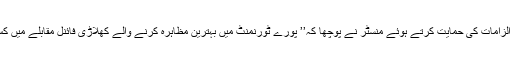
این ڈی ٹی وی پر شائع خبر کے مطابق اپنے الزامات کی حمایت کرتے ہوئے منسٹر نے پوچھا کہ’’ پورے ٹورنمنٹ میں بہترین مظاہرہ کرنے والے کھلاڑی فائنل مقابلے میں کس طرح بہتر کھیل کا مظاہرہ نہیں کرسکتے؟